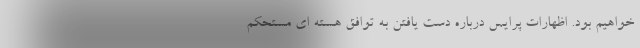
خواهیم بود. اظهارات پرایس درباره دست یافتن به توافق هسته ای مستحکم